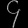
Digit: ၄